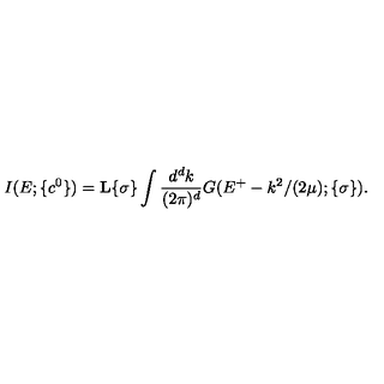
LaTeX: I ( E ; \{ c ^ { 0 } \} ) = { \bf L } { \{ \sigma \} } \int \displaystyle \frac { d ^ { d } k } { ( 2 \pi ) ^ { d } } G ( E ^ { + } - k ^ { 2 } / ( 2 \mu ) ; \{ \sigma \} ) .